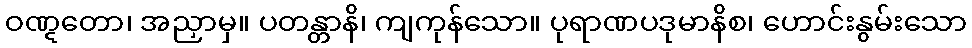
ဝဏ္ဋတော၊ အညှာမှ။ ပတန္တာနိ၊ ကျကုန်သော။ ပုရာဏပဒုမာနိစ၊ ဟောင်းနွမ်းသော